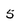
Character: 5